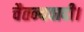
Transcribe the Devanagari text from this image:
चैतन्यवादी।